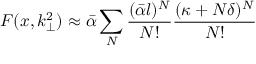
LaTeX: { \cal F } ( x , k _ { \perp } ^ { 2 } ) \approx \bar { \alpha } \sum _ { N } \frac { ( \bar { \alpha } l ) ^ { N } } { N ! } \frac { ( \kappa + N \delta ) ^ { N } } { N ! }